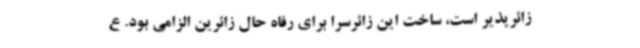
زائرپذیر است، ساخت این زائرسرا برای رفاه حال زائرین الزامی بود. ع